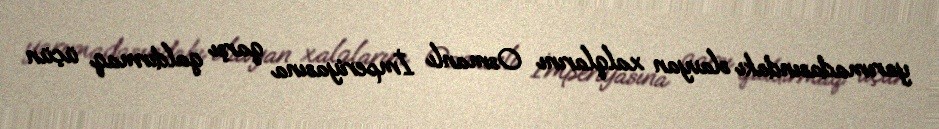
yarımadasındakı slavyan xalqlarını Osmanlı İmperiyasına qarşı qaldırmaq üçün